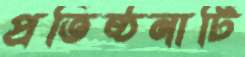
প্রতিষ্ঠনাটি